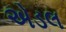
એડલ